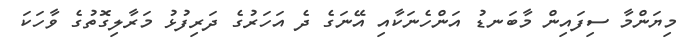
މިޔަންމާ ސިފައިން މާބަނޑު އަންހެނަކާއި އޭނަގެ ދެ އަހަރުގެ ދަރިފުޅު މަރާލިގޮތުގެ ވާހަކަ